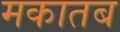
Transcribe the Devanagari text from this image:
मकातब